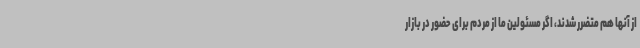
از آنها هم متضرر شدند، اگر مسئولین ما از مردم برای حضور در بازار